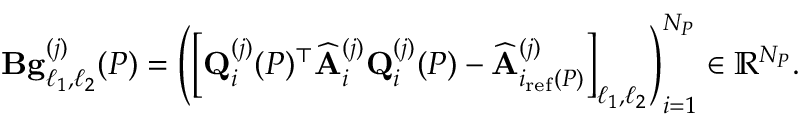
\mathbf { B } \mathbf { g } _ { \ell _ { 1 } , \ell _ { 2 } } ^ { ( j ) } ( P ) = \left( \left[ \mathbf { Q } _ { i } ^ { ( j ) } ( P ) ^ { \top } \widehat { \mathbf { A } } _ { i } ^ { ( j ) } \mathbf { Q } _ { i } ^ { ( j ) } ( P ) - \widehat { \mathbf { A } } _ { i _ { \mathrm { r e f } } ( P ) } ^ { ( j ) } \right] _ { \ell _ { 1 } , \ell _ { 2 } } \right) _ { i = 1 } ^ { N _ { P } } \in \mathbb { R } ^ { N _ { P } } .